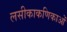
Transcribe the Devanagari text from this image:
लसीकाकणिकाओं